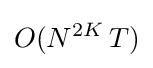
O(N^{2K}\,T)